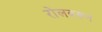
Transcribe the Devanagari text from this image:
रोलवरून